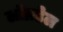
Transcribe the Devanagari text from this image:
लॉन्रडेल